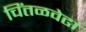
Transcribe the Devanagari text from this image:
चिंतळवेढा